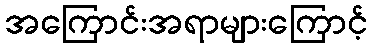
အကြောင်းအရာများကြောင့်